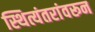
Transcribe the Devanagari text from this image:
स्थित्यंतरांवरून